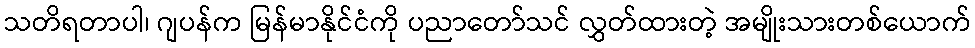
သတိရတာပါ၊ ဂျပန်က မြန်မာနိုင်ငံကို ပညာတော်သင် လွှတ်ထားတဲ့ အမျိုးသားတစ်ယောက်